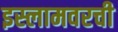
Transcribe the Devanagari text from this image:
इस्लामवरची